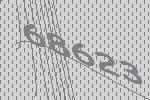
68623